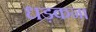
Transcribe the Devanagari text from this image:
धड़कन।